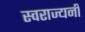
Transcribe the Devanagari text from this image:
स्वराज्यनी